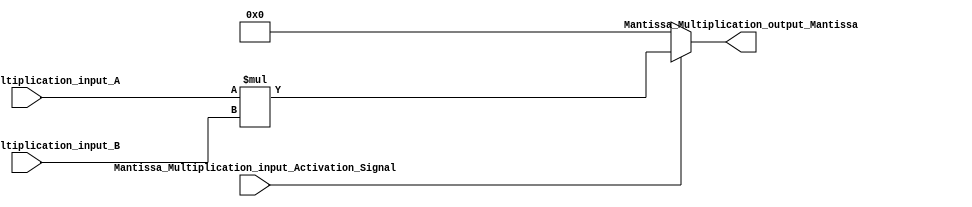
// mantissa_mutliplication_nodule is resposible 

module FMADD_Mantissa_Multiplication (Mantissa_Multiplication_input_A,Mantissa_Multiplication_input_B,Mantissa_Multiplication_input_Activation_Signal,Mantissa_Multiplication_output_Mantissa);
parameter man = 22;
parameter exp = 7;

//declaration of inputs 
input [man+1:0] Mantissa_Multiplication_input_A,Mantissa_Multiplication_input_B;
input Mantissa_Multiplication_input_Activation_Signal;
//declaration 
output [man+man+3:0] Mantissa_Multiplication_output_Mantissa;

//main functionality
assign Mantissa_Multiplication_output_Mantissa = (Mantissa_Multiplication_input_Activation_Signal) ? Mantissa_Multiplication_input_A * Mantissa_Multiplication_input_B: {2{{2'b00, {man{1'b0}}}}};

endmodule